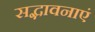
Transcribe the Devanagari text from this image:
सद्भावनाएं